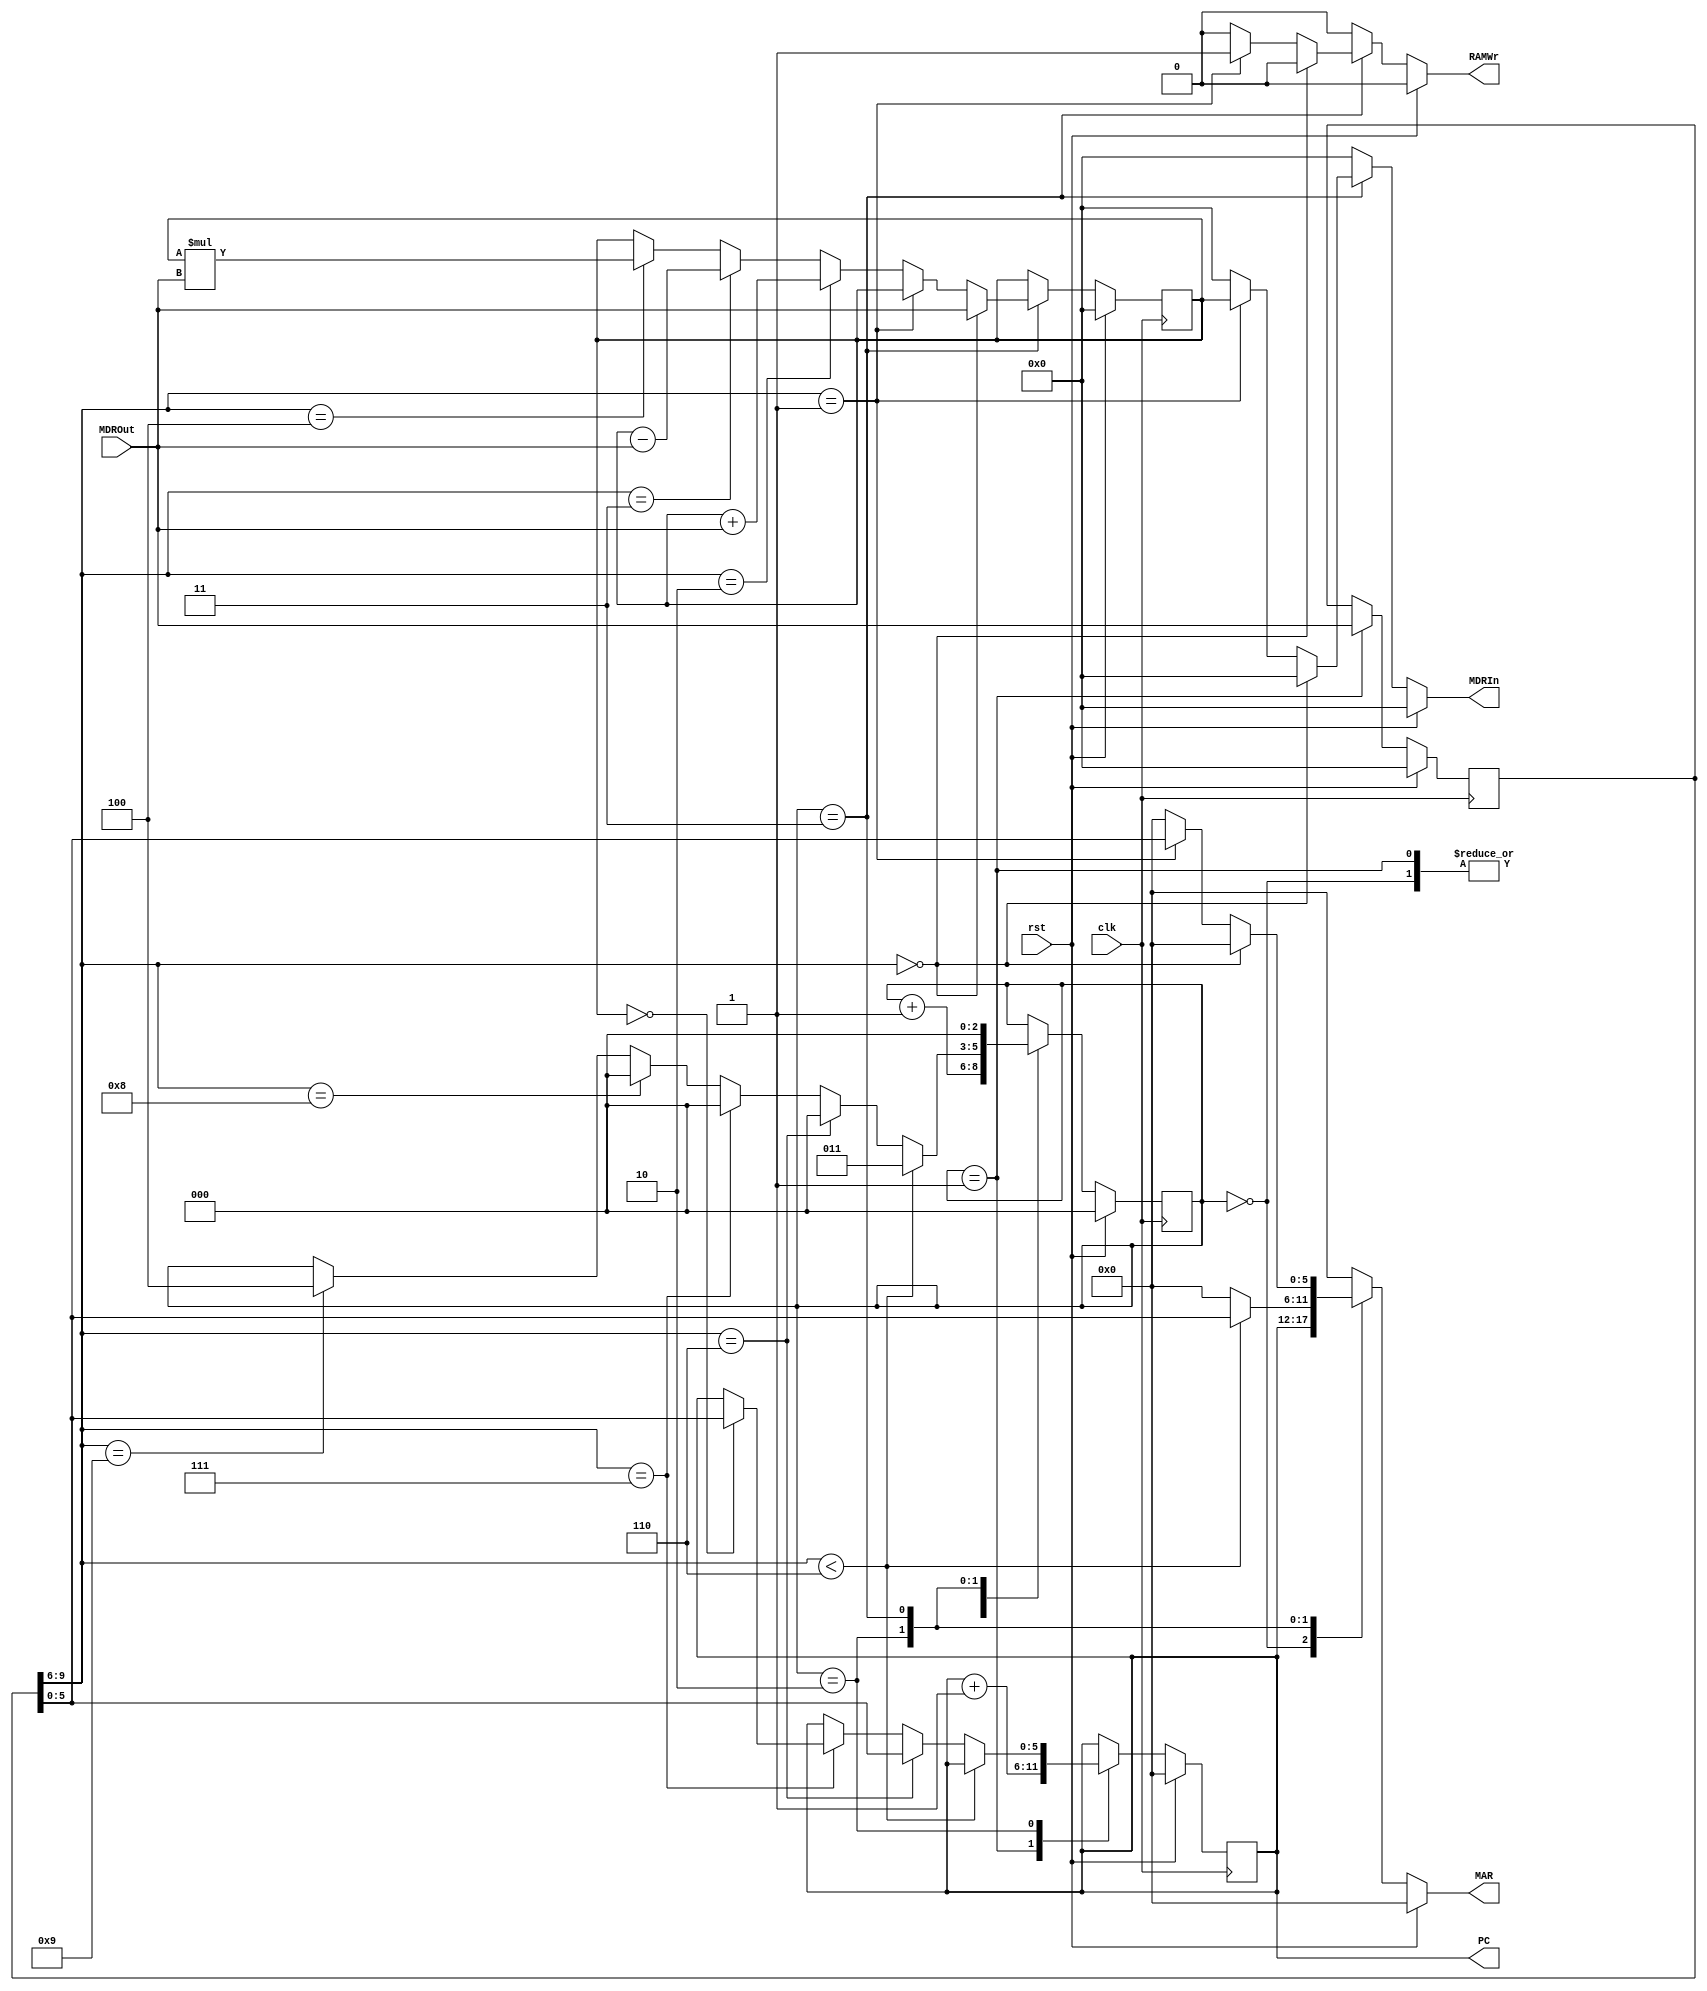
`timescale 1ns / 1ps

module FBCPU #(
    parameter ADDRESS_WIDTH = 6,
    parameter DATA_WIDTH = 10
)(
    input clk, 
    input rst, 
    output reg [DATA_WIDTH-1:0] MDRIn, 
    output reg RAMWr, 
    output reg [ADDRESS_WIDTH-1:0] MAR, 
    input [DATA_WIDTH-1:0] MDROut, 
    output reg [5:0] PC
);

reg [DATA_WIDTH - 1:0] IR, IRNext;
reg [5:0] PCNext;
reg [9:0] ACC, ACCNext;
reg [2:0] durum, durumNext;

always@(posedge clk) begin
    durum       <= #1 durumNext;
    PC          <= #1 PCNext;
    IR          <= #1 IRNext;
    ACC         <= #1 ACCNext;
end

always@(*) begin
    durumNext   = durum;
    PCNext      = PC;
    IRNext      = IR;
    ACCNext     = ACC;
    MAR         = 0;
    RAMWr       = 0;
    MDRIn       = 0;
    
    if(rst) begin
        durumNext   = 0;
        PCNext      = 0;
        MAR         = 0;
        RAMWr       = 0;
        IRNext      = 0;
        ACCNext     = 0;
        MDRIn       = 0;
    end else begin
        case(durum)
            0: begin
                MAR = PC;
                RAMWr = 0;
                durumNext = durum + 1;
            end
            
            1: begin
                IRNext = MDROut;
                PCNext = PC + 1;
                durumNext = durum + 1;
            end
            
            2: begin
                
                if(IR[9:6] < 6) begin
                    MAR = IR[5:0];
                    durumNext = 3;
                end else if(IR[9:6] ==  6) begin
                    PCNext = IR[5:0];
                    durumNext = 0;
                end else if(IR[9:6] == 7) begin
                    if(ACC == 0) begin
                        PCNext = IR[5:0];
                    end
                    durumNext = 0;
                end else if(IR[9:6] == 8) begin
                    durumNext = 0;
                end else if(IR[9:6] == 9) begin
                    durumNext = 4;
                end
                
            end
            
            3: begin
				durumNext = 0;
				RAMWr = 0;
				MAR = 0;
				if(IR[9:6] == 0) begin
					ACCNext=MDROut;
				end else if(IR[9:6] ==  1) begin
					MAR=IR[5:0];
					RAMWr=1;
					MDRIn=ACC;
				end else if(IR[9:6] ==  2) begin
					ACCNext=ACC + MDROut;
				end else if(IR[9:6] ==  3) begin
					ACCNext=ACC - MDROut;
				end else if(IR[9:6] ==  4) begin
					ACCNext=ACC * MDROut;
				end else if(IR[9:6] ==  5) begin
					ACCNext= ACC;
				end	
            end
			
            4: begin
                durumNext   = durum;
                PCNext      = PC;
                IRNext      = IR;
                ACCNext     = ACC;
	
            end
        endcase
    end
end

endmodule